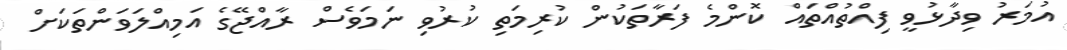
އުމަރު ވިދާޅުވީ ފިއްތުއްތައް ކޮންމެ ފަރާތަކުން ކުރިމަތި ކުރުވި ނަމަވެސް ރާއްޖޭގެ އަމިއްލަވަންތަކަށް